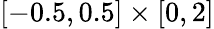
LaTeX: [-0.5,0.5]\times[0,2]